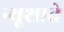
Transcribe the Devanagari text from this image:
न्यूशाते